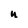
Character: u